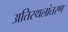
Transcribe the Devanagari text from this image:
अतिस्थलांतरण